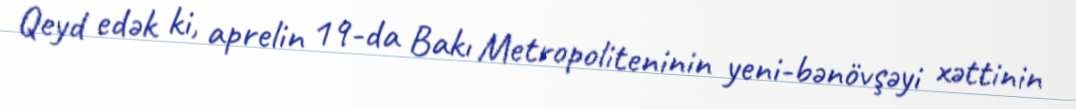
Qeyd edək ki, aprelin 19-da Bakı Metropoliteninin yeni-bənövşəyi xəttinin